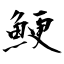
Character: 鯁